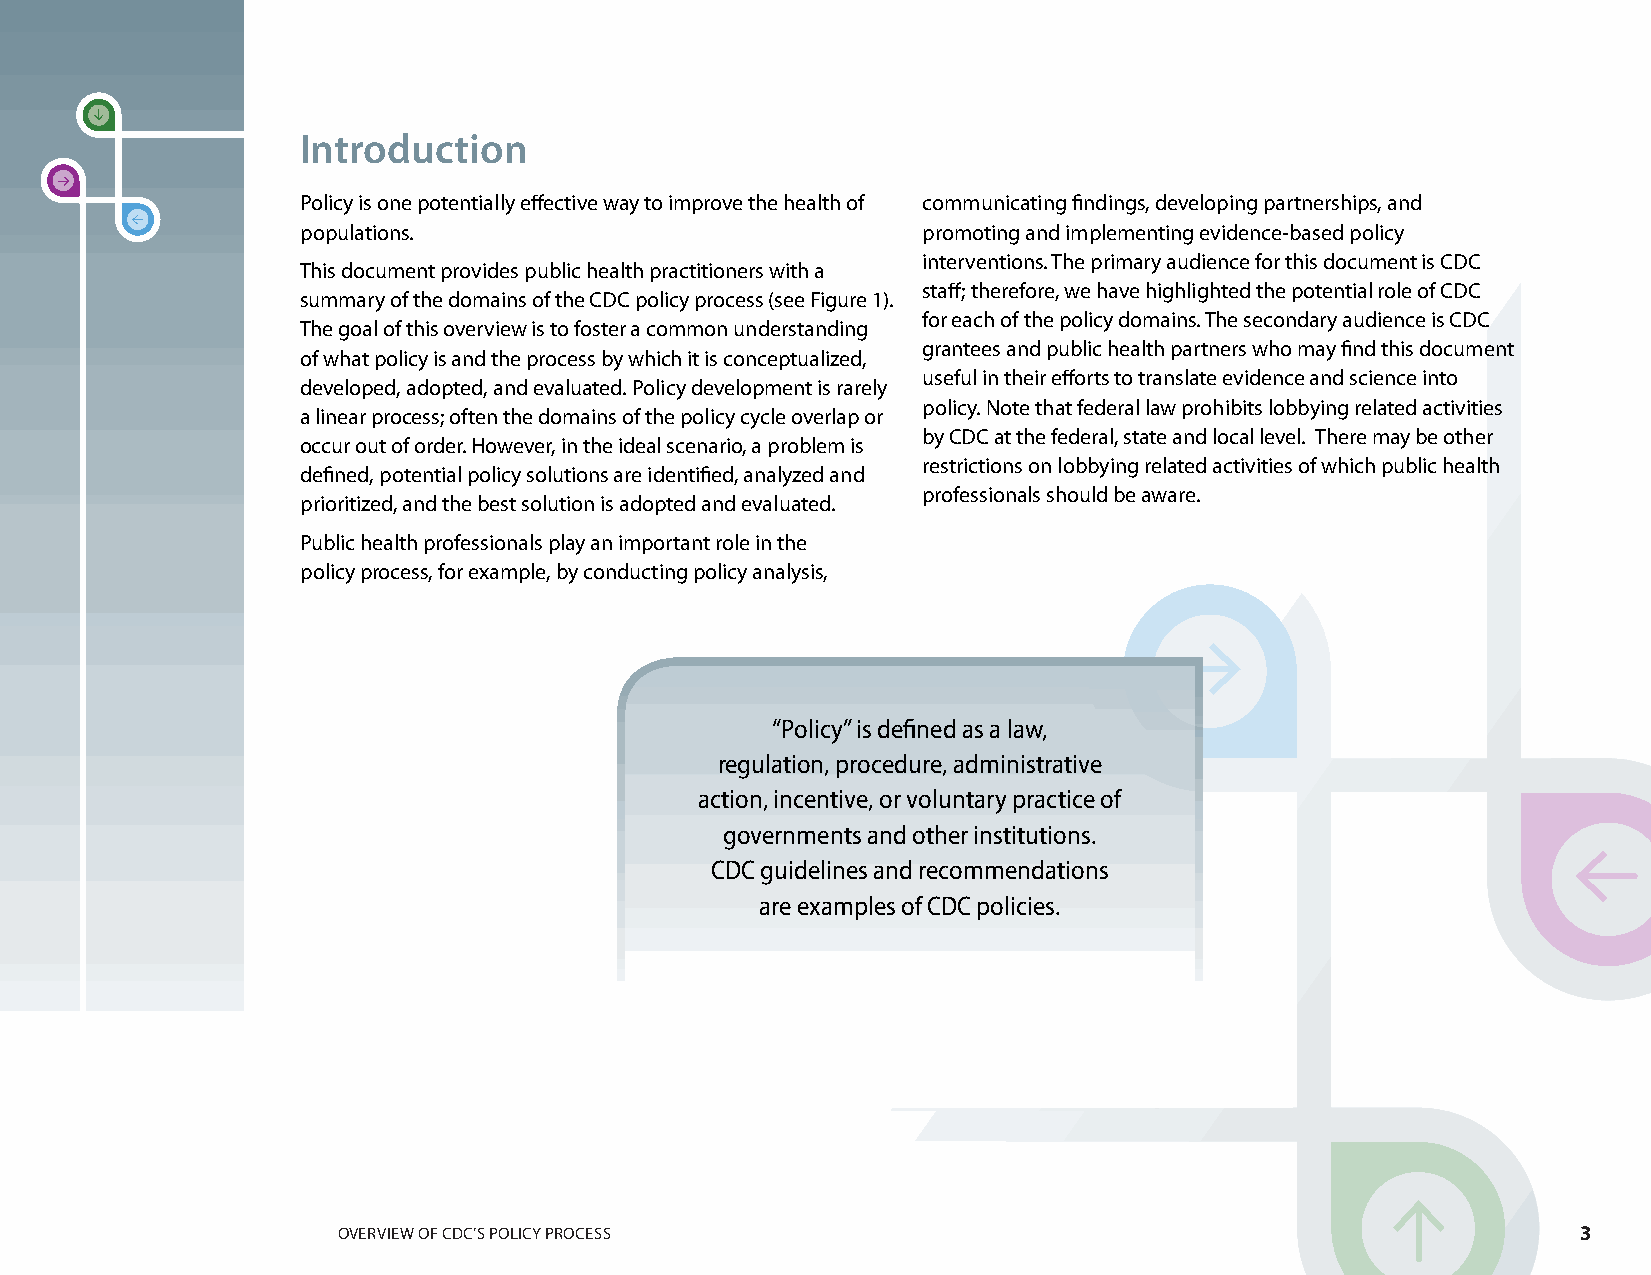
Introduction
 Policy is one potentially effective way to improve the health of communicating findings, developing partnerships, and
 populations.                             promoting and implementing evidence-based policy
 interventions. The primary audience for this document is CDC
 This document provides public health practitioners with a
 staff; therefore, we have highlighted the potential role of CDC
 summary of the domains of the CDC policy process (see Figure 1).
 for each of the policy domains. The secondary audience is CDC
 The goal of this overview is to foster a common understanding
 grantees and public health partners who may find this document
 of what policy is and the process by which it is conceptualized,
 useful in their efforts to translate evidence and science into
 developed, adopted, and evaluated. Policy development is rarely
 policy. Note that federal law prohibits lobbying related activities
 a linear process; often the domains of the policy cycle overlap or
 by CDC at the federal, state and local level. There may be other
 occur out of order. However, in the ideal scenario, a problem is
 restrictions on lobbying related activities of which public health
 defined, potential policy solutions are identified, analyzed and
 professionals should be aware.
 prioritized, and the best solution is adopted and evaluated.
 Public health professionals play an important role in the
 policy process, for example, by conducting policy analysis,
 “Policy” is defined as a law,
 regulation, procedure, administrative
 action, incentive, or voluntary practice of
 governments and other institutions.
 CDC guidelines and recommendations
 are examples of CDC policies.
 OVERVIEW OF CDC’S POLICY PROCESS                                                   3